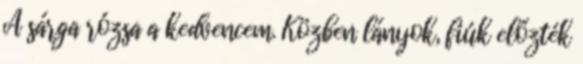
A sárga rózsa a kedvencem. Közben lányok, fiúk előzték